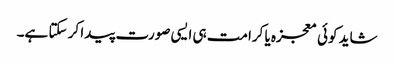
شاید کوئی معجزہ یا کرامت ہی ایسی صورت پیدا کر سکتا ہے۔